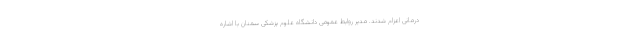
درمانی اعزام شدند. مدیر روابط عمومی دانشگاه علوم پزشکی سمنان با اشاره